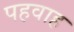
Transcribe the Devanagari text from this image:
पहवाह